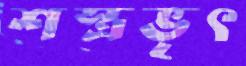
শস্ত্রভৃৎ